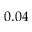
0 . 0 4